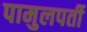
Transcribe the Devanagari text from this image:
पामुलपर्ती